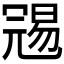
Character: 𠖞